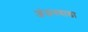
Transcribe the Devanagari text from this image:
अंजनवाडा